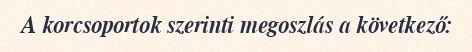
A korcsoportok szerinti megoszlás a következő: